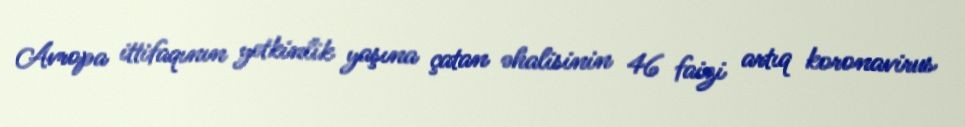
Avropa ittifaqının yetkinlik yaşına çatan əhalisinin 46 faizi artıq koronavirus